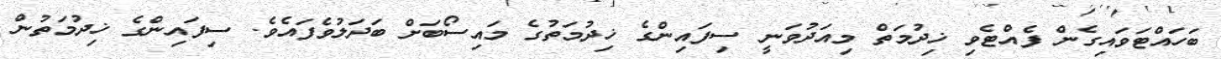
ބަހައްޓަވައިގެން ފެއްޓެވި ޚިދުމަތް މިއަދުވަނީ ސިފައިންގެ ޚިދުމަތުގެ މައިސޯބަށް ބަދަލުވެފައެވެ. ސިފައިންގެ ޚިދުމަތުން